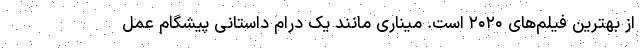
از بهترین فیلم‌های ۲۰۲۰ است. میناری مانند یک درام داستانی پیشگام عمل